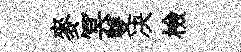
麥冥雙决檢